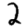
Digit: 2